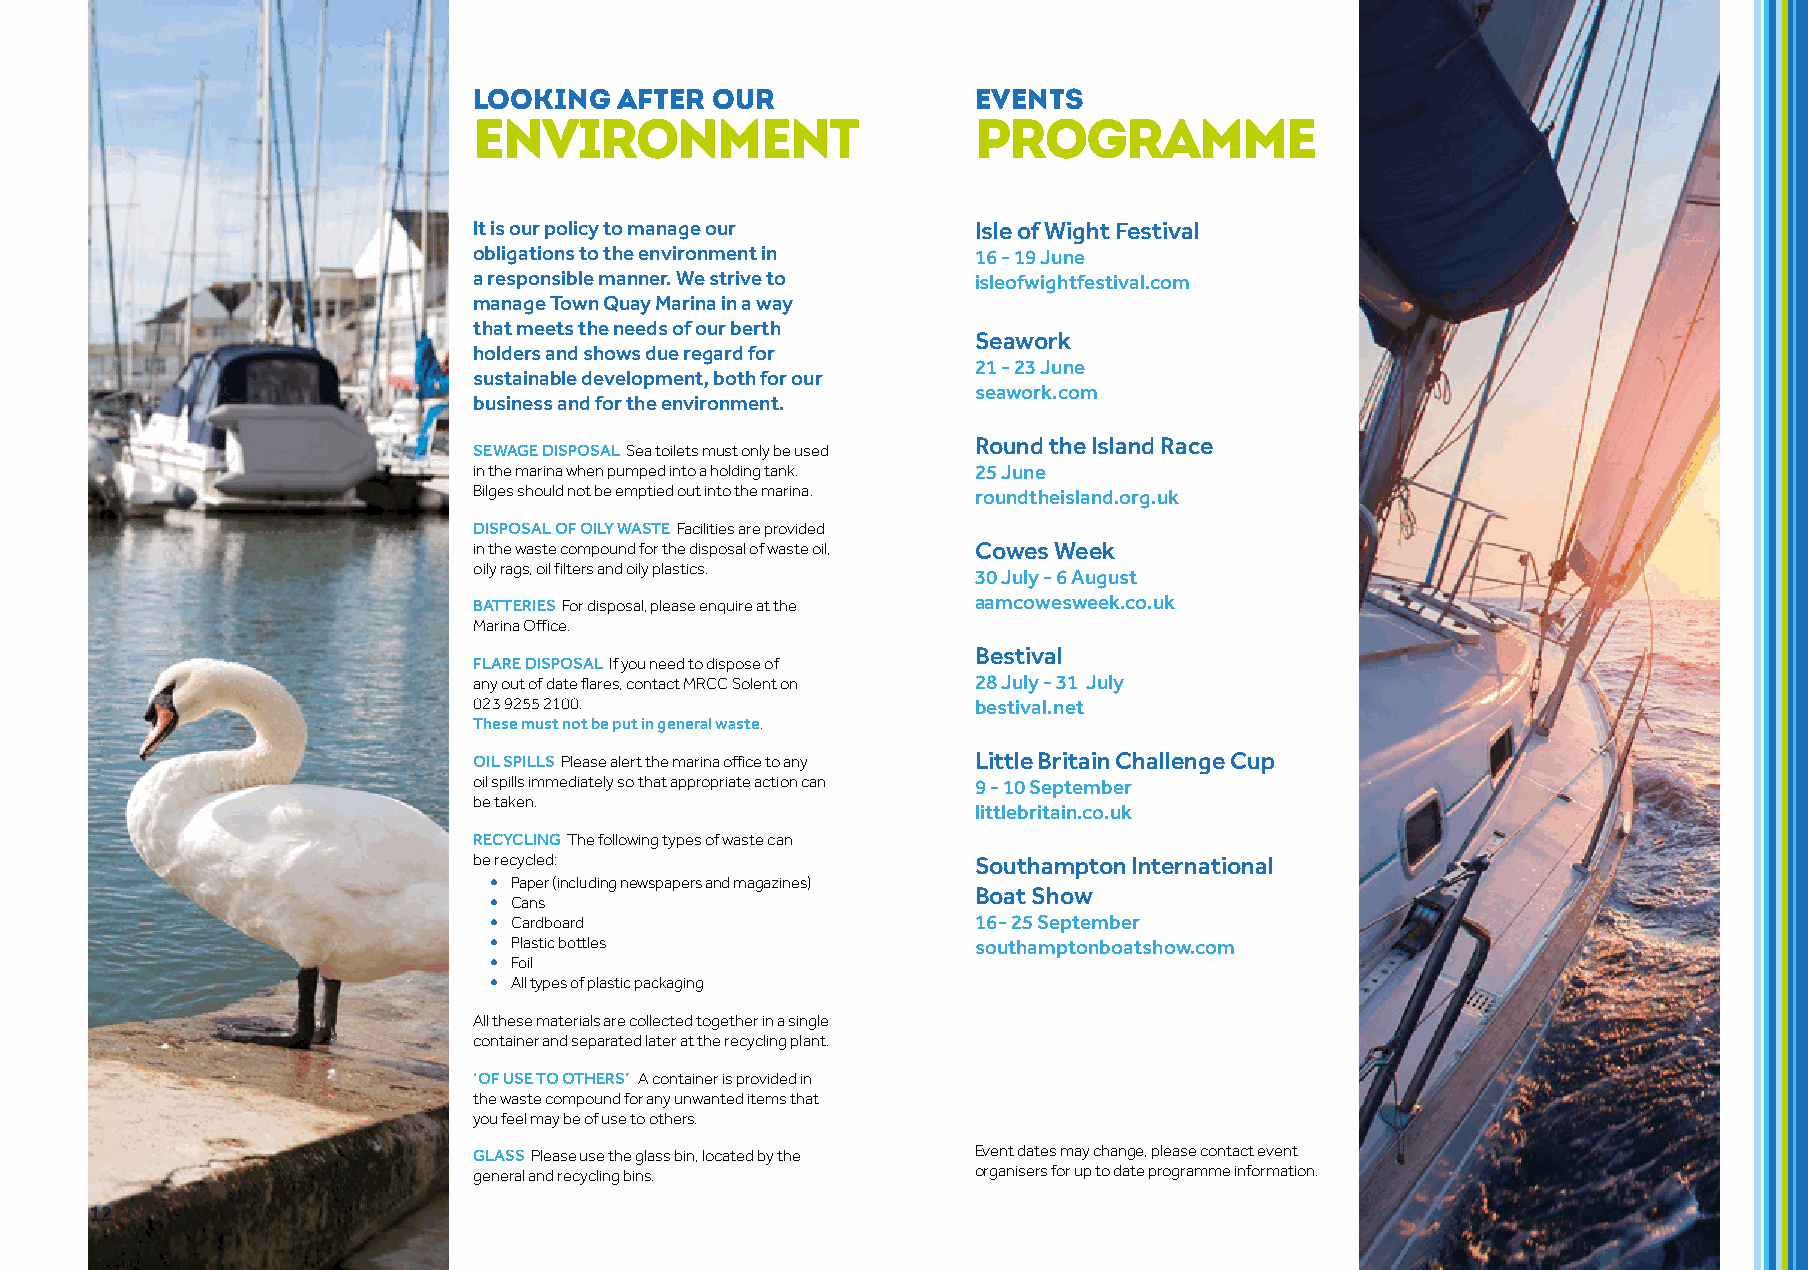
LOOKING   AFTER OUR               events
 ENVIRONMENT                       programme
 It is our policy to manage our    Isle of Wight Festival
 obligations to the environment in 16 - 19 June
 a responsible manner. We strive to isleofwightfestival.com
 manage Town Quay Marina in a way
 that meets the needs of our berth
 Seawork
 holders and shows due regard for
 21 - 23 June
 sustainable development, both for our
 seawork.com
 business and for the environment.
 Round the Island Race
 SEWAGE DISPOSAL Sea toilets must only be used
 in the marina when pumped into a holding tank. 25 June
 Bilges should not be emptied out into the marina. roundtheisland.org.uk
 DISPOSAL OF OILY WASTE Facilities are provided
 in the waste compound for the disposal of waste oil, Cowes Week
 oily rags, oil filters and oily plastics.
 30 July - 6 August
 BATTERIES For disposal, please enquire at the aamcowesweek.co.uk
 Marina Office.
 Bestival
 FLARE DISPOSAL If you need to dispose of
 any out of date flares, contact MRCC Solent on 28 July - 31 July
 023 9255 2100.                    bestival.net
 These must not be put in general waste.
 OIL SPILLS Please alert the marina office to any Little Britain Challenge Cup
 oil spills immediately so that appropriate action can 9 - 10 September
 be taken.
 littlebritain.co.uk
 RECYCLING The following types of waste can
 be recycled:                      Southampton International
 • Paper (including newspapers and magazines)
 Boat Show
 • Cans
 • Cardboard                      16- 25 September
 • Plastic bottles                southamptonboatshow.com
 • Foil
 • All types of plastic packaging
 All these materials are collected together in a single
 container and separated later at the recycling plant.
 ‘OF USE TO OTHERS’ A container is provided in
 the waste compound for any unwanted items that
 you feel may be of use to others.
 GLASS Please use the glass bin, located by the Event dates may change, please contact event
 general and recycling bins.       organisers for up to date programme information.
 12                                                                                                        13